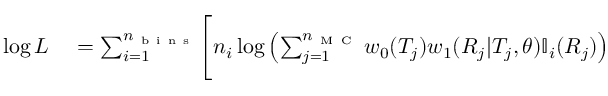
\begin{array} { r l } { \log L } & { { } = \sum _ { i = 1 } ^ { n _ { \mathrm { ~ b ~ i ~ n ~ s ~ } } } \Biggl [ n _ { i } \log \left( \sum _ { j = 1 } ^ { n _ { \mathrm { ~ M ~ C ~ } } } w _ { 0 } ( T _ { j } ) w _ { 1 } ( R _ { j } | T _ { j } , \theta ) \mathbb { I } _ { i } ( R _ { j } ) \right) } \end{array}